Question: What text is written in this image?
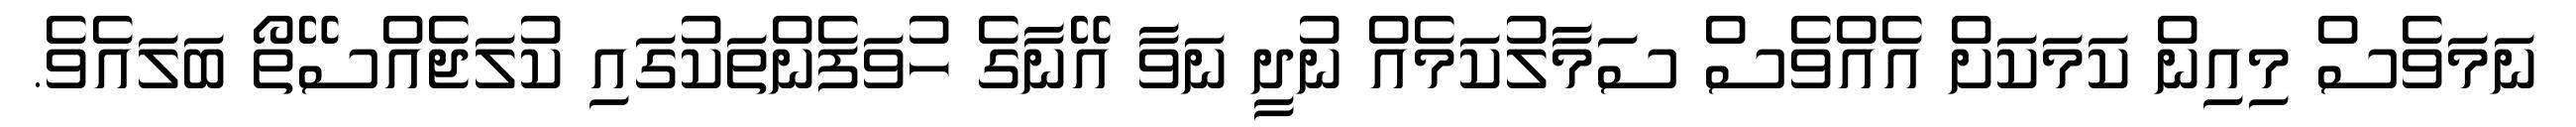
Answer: ނަމަވެސް މިއިން ކަމަކަށް އެއްވެސް ސަމާލުކަމެއް ނުދީ ނަވާ އޭނާގެ ހުވަފެންތަކުގައި ކުލަޖެއްސޭތޯ ބަލައެވެ.